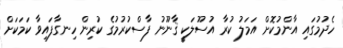
ހެދުމުގައި އާންމުކޮށް އަމަލު ކުރާ އުސޫލަކީ ޤާނޫނު ފާސްކުރުމުގެ ކުރިން ހިނގާފައިވާ ކަމަކަށް